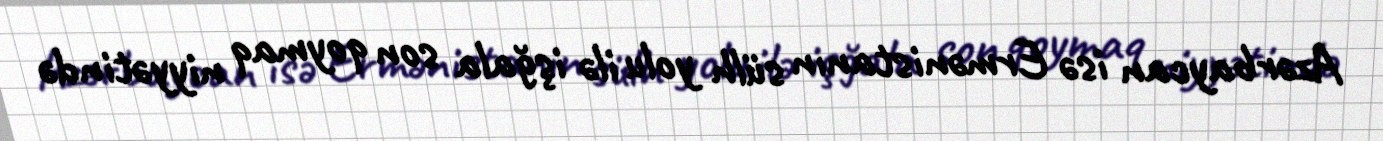
Azərbaycan isə Ermənistanın sülh yolu ilə işğala son qoymaq niyyətində